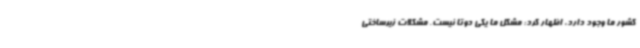
کشور ما وجود دارد، اظهار کرد: مشکل ما یکی دوتا نیست. مشکلات زیرساختی